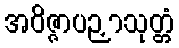
အဝိဇ္ဇာပဉှာသုတ္တံ